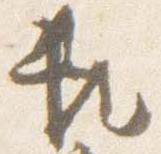
頼